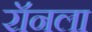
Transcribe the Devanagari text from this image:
रॉनला